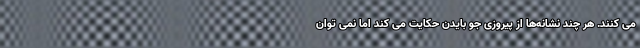
می کنند. هر چند نشانه‌ها از پیروزی جو بایدن حکایت می کند اما نمی توان